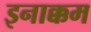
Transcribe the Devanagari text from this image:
इनाक्कम